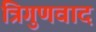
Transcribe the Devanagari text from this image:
त्रिगुणवाद